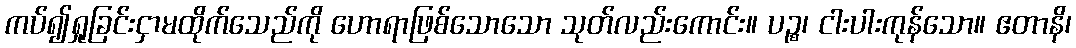
ကပ်၍ရှုခြင်းငှာမထိုက်သေည်ကို ဟောရာဖြစ်သောသော သုတ်လည်းကောင်း။ ပဉ္စ၊ ငါးပါးကုန်သော။ ဧတာနိ၊